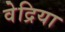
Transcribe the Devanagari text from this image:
वेद्रिया